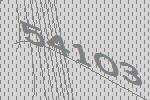
54103